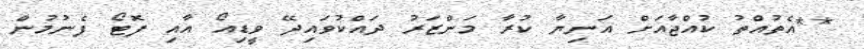
**އެތުއްތު ކުއްޖާއަށް އަނިޔާ ކުރާ މަންޒަރު ދައްކުވައިދޭ ވީޑިއޯ އާއި ފޮޓޯ ފެނުމުން